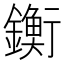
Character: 𨭶